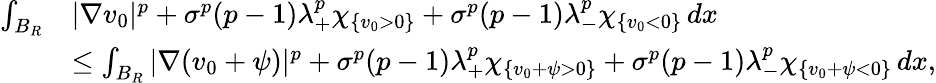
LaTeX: \begin{array}{rl}{\int_{B_{R}}}&{|\nabla v_{0}|^{p}+\sigma^{p}(p-1)\lambda_{+}^{p}\chi_{\{ v_{0}>0\} }+\sigma^{p}(p-1)\lambda_{-}^{p}\chi_{\{ v_{0}<0\} }\, dx}\\ &{\leq\int_{B_{R}}|\nabla(v_{0}+\psi)|^{p}+\sigma^{p}(p-1)\lambda_{+}^{p}\chi_{\{ v_{0}+\psi>0\} }+\sigma^{p}(p-1)\lambda_{-}^{p}\chi_{\{ v_{0}+\psi<0\} }\, dx,}\end{array}